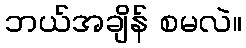
ဘယ်အချိန် စမလဲ။